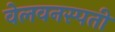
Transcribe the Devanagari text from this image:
वेलवनस्पती